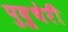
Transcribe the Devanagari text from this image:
पुदु्चेरी